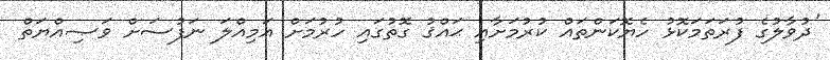
'ދުވާލުގެ ފުރަތަމަކޮޅު ހެޔޮކަންތައް ކުރުމަށާއި ޙައްޤު ގޮތުގައި ހުރުމަށް އަމިއްލަ ނަފުސަށް ވަޞިއްޔަތް